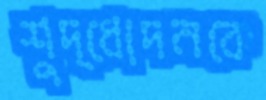
শুদ্ধোদনকে